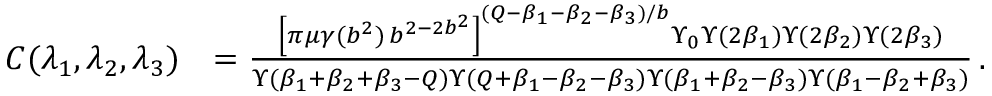
\begin{array} { r l } { C ( \lambda _ { 1 } , \lambda _ { 2 } , \lambda _ { 3 } ) } & { = { \frac { \left[ \pi \mu \gamma ( b ^ { 2 } ) \, b ^ { 2 - 2 b ^ { 2 } } \right] ^ { ( Q - \beta _ { 1 } - \beta _ { 2 } - \beta _ { 3 } ) / b } \Upsilon _ { 0 } \Upsilon ( 2 \beta _ { 1 } ) \Upsilon ( 2 \beta _ { 2 } ) \Upsilon ( 2 \beta _ { 3 } ) } { \Upsilon ( \beta _ { 1 } + \beta _ { 2 } + \beta _ { 3 } - Q ) \Upsilon ( Q + \beta _ { 1 } - \beta _ { 2 } - \beta _ { 3 } ) \Upsilon ( \beta _ { 1 } + \beta _ { 2 } - \beta _ { 3 } ) \Upsilon ( \beta _ { 1 } - \beta _ { 2 } + \beta _ { 3 } ) } } \, . } \end{array}